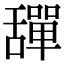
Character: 𦧴